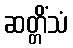
ဆတ္တိံသံ